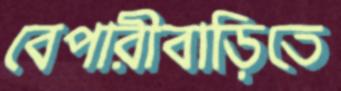
বেপারীবাড়িতে